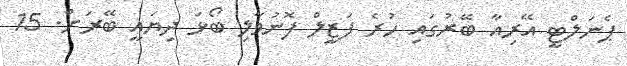
ޕެނަލްޓީ އޭރިއާ ބޭރުގައި ހުރެ ފަޒީލް ފޮނުވާލި ބޯޅަ ދިޔައީ ބޭރަށް. 15